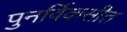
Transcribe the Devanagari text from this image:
पुनर्विकसीत